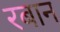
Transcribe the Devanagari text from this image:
रबान